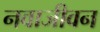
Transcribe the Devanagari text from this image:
नवाजीवन